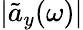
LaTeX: |\tilde{a}_{y}(\omega)|